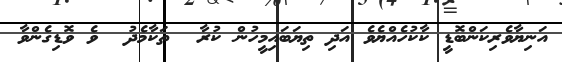
އަނިޔާވެރިކަންބޮޑީ ކާކުހެއްޔެވެ އަދި ތިޔަބައިމީހުން ކުރާ  ތަކާމެދު  ވެ ވޮޑިގެންވާ